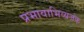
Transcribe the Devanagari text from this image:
प्रभावाभिव्यजंक